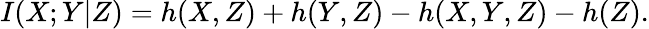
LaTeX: I(X;Y|Z)=h(X,Z)+h(Y,Z)-h(X,Y,Z)-h(Z).